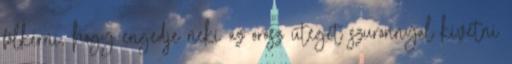
fölkérni, hogy engedje neki az orosz üteget szuronnyal kivetni